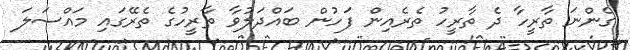
ގެންނަ ތާރީހާ ދެ ތާރީހު ތެރެއިން ފަހުން ބައްދަލުވާ ތާރީހުގެ ތެރޭގައި މައްސަލަ